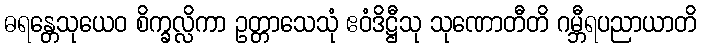
ဓရန္တေသုယေဝ စိက္ခလ္လိကာ ဥတ္တာသေသုံ ဧဝံဒိဋ္ဌီသု သုဏောတီတိ ဂမ္ဘီရပညာယာတိ